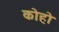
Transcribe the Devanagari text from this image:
कोहो